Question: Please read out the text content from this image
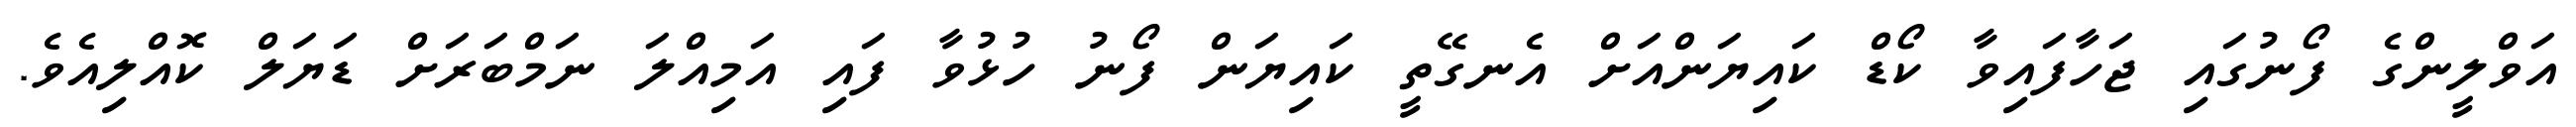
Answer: އަވްލީންގެ ފޯނުގައި ޖަހާފައިވާ ކޯޑް ކައިޔަންއަށް އެނގޭތީ ކައިޔަން ފޯނު ހުޅުވާ ފައި އަމިއްލަ ނަމްބަރަށް ޑަޔަލް ކޮއްލިއެވެ.